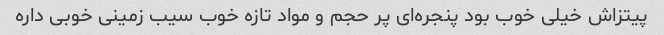
پیتزاش خیلی خوب بود پنجره‌ای پر حجم و مواد تازه خوب سیب زمینی خوبی داره